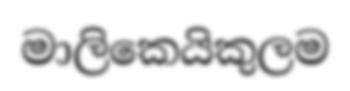
මාලිකෙයිකුලම